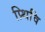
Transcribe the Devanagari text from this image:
प्र्थिवि